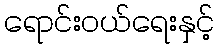
ရောင်းဝယ်ရေးနှင့်